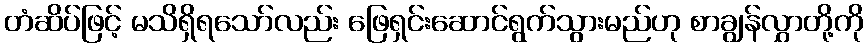
တံဆိပ်ဖြင့် မသိရှိရသော်လည်း ဖြေရှင်းဆောင်ရွက်သွားမည်ဟု စာချွန်လွှာတို့ကို